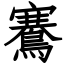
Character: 鶱